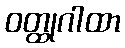
ဝတ္ထုဂါထာ